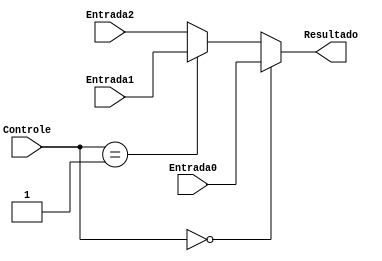
module MUX3_8 (Entrada0, Entrada1, Entrada2, Controle, Resultado);

  input [7:0] Entrada0, Entrada1, Entrada2;
  input [1:0] Controle;
  output [7:0] Resultado;

  assign Resultado = (Controle == 2'b00) ? Entrada0 :
                     (Controle == 2'b01) ? Entrada1 :
                      Entrada2;

endmodule